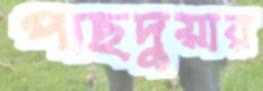
পাছদুয়ার